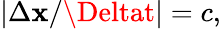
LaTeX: |\Delta\mathbf{x}/\Deltat|=c,